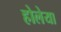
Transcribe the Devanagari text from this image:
होलेया